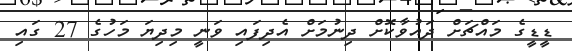
ޑީޑީގެ މައްޗަށް ދައުވާކޮށް ދިނުމަށް އެދިފައި ވަނީ މިދިޔަ މަހުގެ 27 ގައި